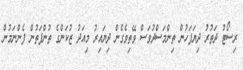
ރިސޯޓު ދަތުރު ދިޔަފަހުން ތިންމަސްދުވަސް ވޭތިވެގެން ދިޔައިރު މިއަދު ޒުކަންގެ ތުންފަތުން ފެންނަމުން